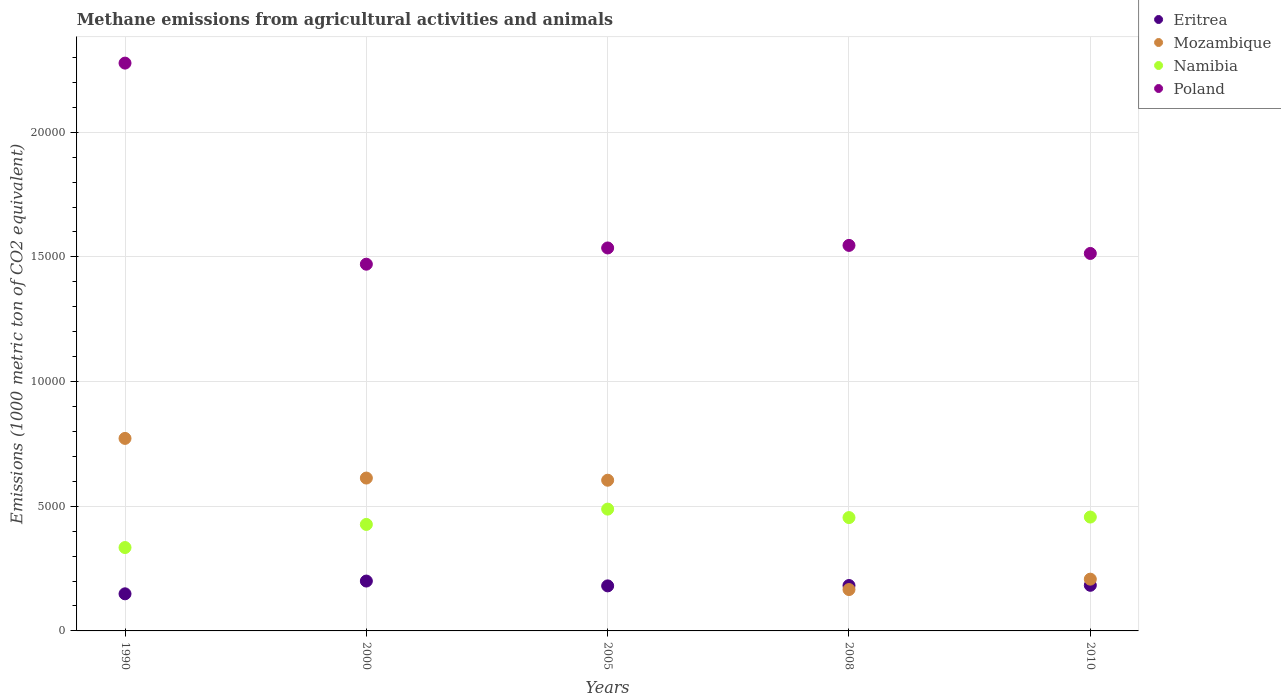
| Years | Eritrea | Mozambique | Namibia | Poland |
 | --- | --- | --- | --- | --- |
 | 1990 | 1.49e+03 | 7.72e+03 | 3.34e+03 | 2.28e+04 |
 | 2000 | 2e+03 | 6.13e+03 | 4.27e+03 | 1.47e+04 |
 | 2005 | 1.81e+03 | 6.04e+03 | 4.89e+03 | 1.54e+04 |
 | 2008 | 1.82e+03 | 1.66e+03 | 4.55e+03 | 1.55e+04 |
 | 2010 | 1.83e+03 | 2.08e+03 | 4.57e+03 | 1.51e+04 |